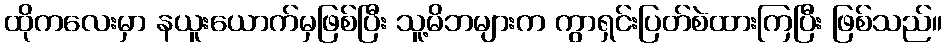
ထိုကလေးမှာ နယူးယောက်မှဖြစ်ပြီး သူ့မိဘများက ကွာရှင်းပြတ်စဲထားကြပြီး ဖြစ်သည်။